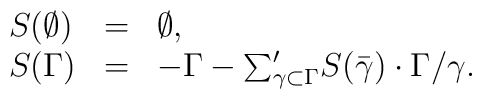
\begin{array}{lll}S(\emptyset)&=&\emptyset,\\S(\Gamma)&=&-\Gamma-{\sum}'_{\gamma\subset\Gamma}S(\bar{\gamma})\cdot\Gamma/\gamma.\end{array}